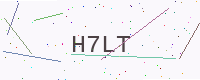
Text: H7LT